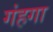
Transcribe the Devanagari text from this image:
गंहगा